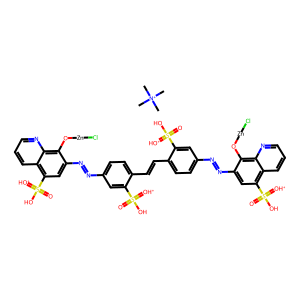
SMILES: C[N+](C)(C)C.O=S(O)(=[OH+])c1cc(N=Nc2cc(S(=O)(O)=[OH+])c3cccnc3c2O[Zn]Cl)ccc1C=Cc1ccc(N=Nc2cc(S(=O)(O)=[OH+])c3cccnc3c2O[Zn]Cl)cc1S(=O)(O)=[OH+]
Inhibits HIV replication: Yes